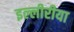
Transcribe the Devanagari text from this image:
इल्लीरीया